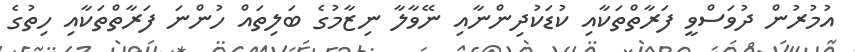
އުމުރުން ދުވަސްވީ ފަރާތްތަކާއި ކުޑަކުދިންނާއި ނޭވާލާ ނިޒާމުގެ ބަލިތައް ހުންނަ ފަރާތްތަކާއި ހިތުގެ